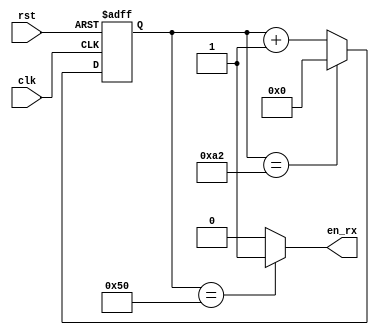
module clk_gen(clk, rst, en_rx);

input clk;
input rst;
output en_rx;

reg [7:0] cnt1;

always  @(posedge clk or posedge rst)
if(rst)
cnt1<=0;
else if (cnt1==162) //for 9600
//else if (cnt1==162) //for 19200
cnt1<=0;
else
cnt1<=cnt1+1;

assign en_rx = (cnt1==80)?1:0;

endmodule